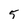
Character: 5